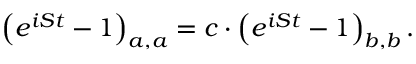
\left( e ^ { i S t } - 1 \right) _ { a , a } = c \cdot \left( e ^ { i S t } - 1 \right) _ { b , b } .